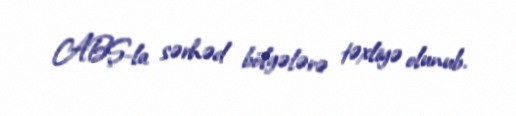
ABŞ-la sərhəd bölgələrə təxliyə olunub.